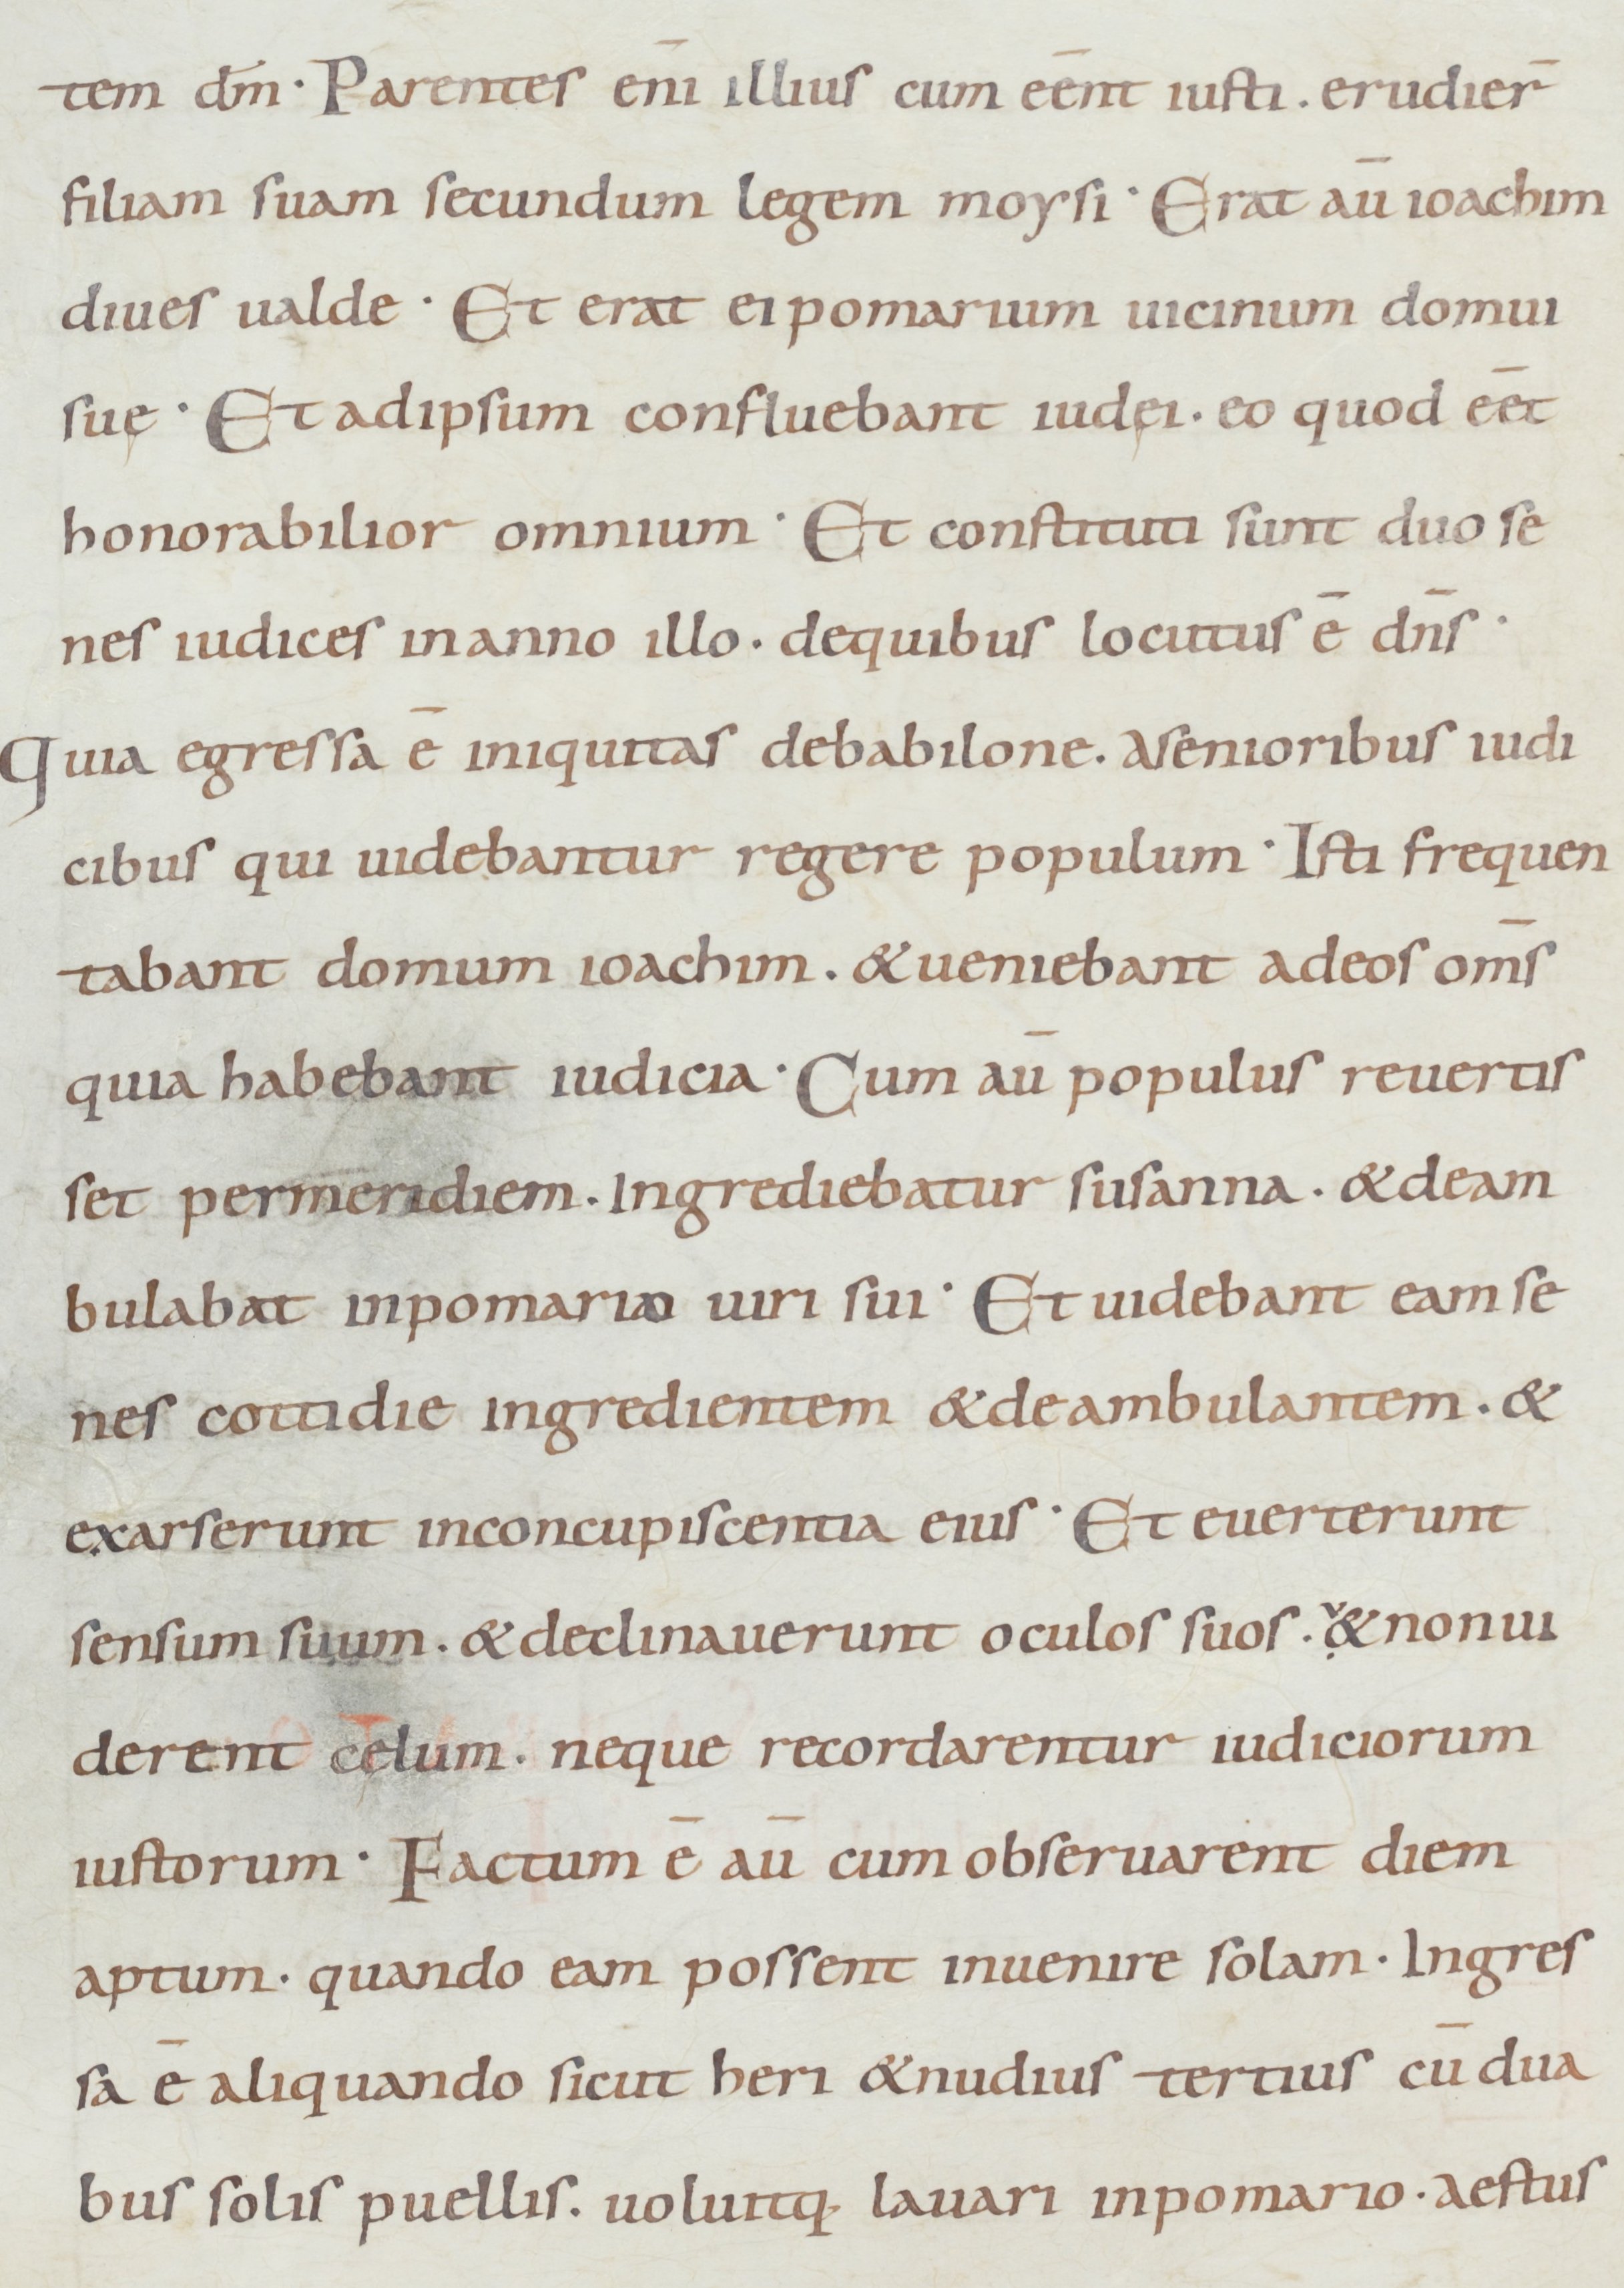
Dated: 900–949